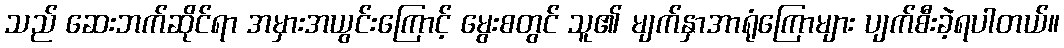
သည် ဆေးဘက်ဆိုင်ရာ အမှားအယွင်းကြောင့် မွေးစတွင် သူ၏ မျက်နှာအာရုံကြောများ ပျက်စီးခဲ့ရပါတယ်။